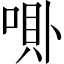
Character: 𱑗